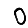
Digit: 0